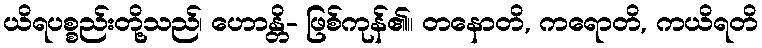
ယိရပစ္စည်းတို့သည်၊ ဟောန္တိ- ဖြစ်ကုန်၏။ တနောတိ, ကရောတိ, ကယိရတိ